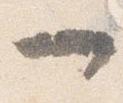
一